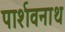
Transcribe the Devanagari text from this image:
पार्शवनाथ